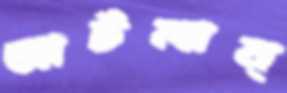
আটলান্